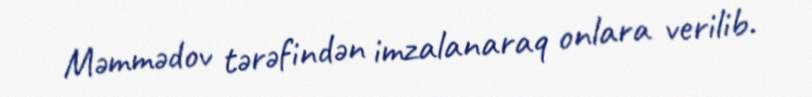
Məmmədov tərəfindən imzalanaraq onlara verilib.